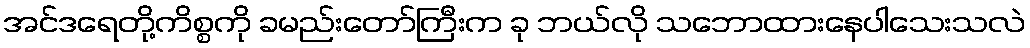
အင်ဒရေတို့ကိစ္စကို ခမည်းတော်ကြီးက ခု ဘယ်လို သဘောထားနေပါသေးသလဲ